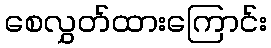
စေလွှတ်ထားကြောင်း